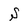
Character: S